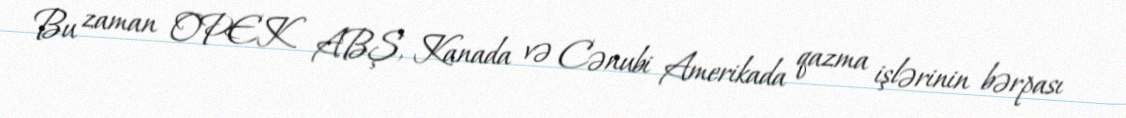
Bu zaman OPEK ABŞ, Kanada və Cənubi Amerikada qazma işlərinin bərpası